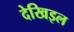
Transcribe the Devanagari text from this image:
देखिइल